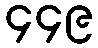
၄၄၉